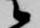
候